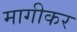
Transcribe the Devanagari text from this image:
मागीकर